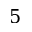
5